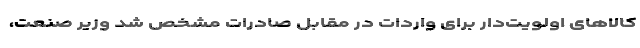
کالاهای اولویت‌دار برای واردات در مقابل صادرات مشخص شد وزیر صنعت،